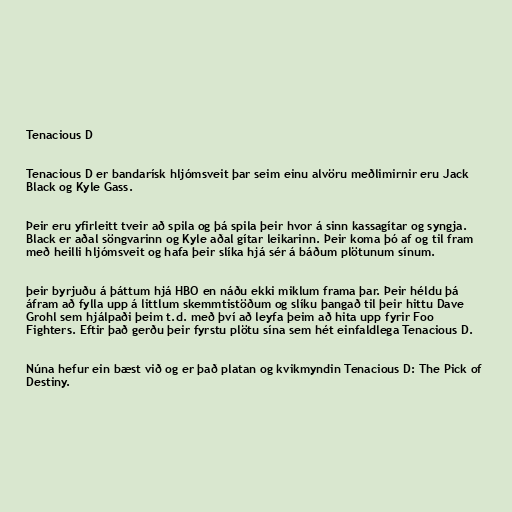
Tenacious D

Tenacious D er bandarísk hljómsveit þar seim einu alvöru meðlimirnir eru Jack
Black og Kyle Gass.

Þeir eru yfirleitt tveir að spila og þá spila þeir hvor á sinn kassagítar og syngja.
Black er aðal söngvarinn og Kyle aðal gítar leikarinn. Þeir koma þó af og til fram
með heilli hljómsveit og hafa þeir slíka hjá sér á báðum plötunum sínum.

þeir byrjuðu á þáttum hjá HBO en náðu ekki miklum frama þar. Þeir héldu þá
áfram að fylla upp á littlum skemmtistöðum og slíku þangað til þeir hittu Dave
Grohl sem hjálpaði þeim t.d. með því að leyfa þeim að hita upp fyrir Foo
Fighters. Eftir það gerðu þeir fyrstu plötu sína sem hét einfaldlega Tenacious D.

Núna hefur ein bæst við og er það platan og kvikmyndin Tenacious D: The Pick of
Destiny.